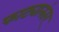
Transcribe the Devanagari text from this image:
फाट्यानंतर